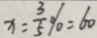
x = \frac { 3 } { 5 } \% = 6 0